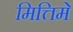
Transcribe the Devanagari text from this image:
मित्तिमे